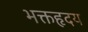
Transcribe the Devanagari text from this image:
भक्तहृदय